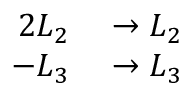
\begin{array} { r l } { 2 L _ { 2 } } & { { } \to L _ { 2 } } \\ { - L _ { 3 } } & { { } \to L _ { 3 } } \end{array}